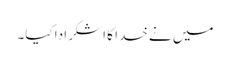
میں نے خدا کا اشکر ادا کیا۔